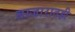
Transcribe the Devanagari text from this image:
बाजारातही